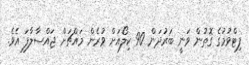
ފިޓްވުމުގެ ގޮތުން ވަނީ ބަރުދަން 90 ކިލޯއަށް ވުރެން މައްޗަށް ޖައްސާލާފަ އެވެ.